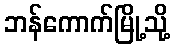
ဘန်ကောက်မြို့သို့